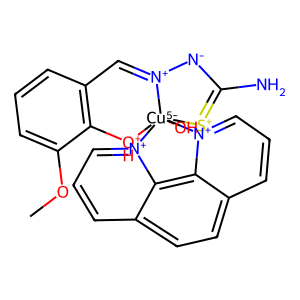
SMILES: COc1cccc2c1[OH+][Cu-5]13(O)([S+]=C(N)[N-][N+]1=C2)[n+]1cccc2ccc4ccc[n+]3c4c21
Inhibits HIV replication: No